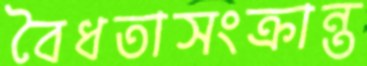
বৈধতাসংক্রান্ত